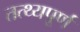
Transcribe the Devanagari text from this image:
तत्थ्यपूर्ण